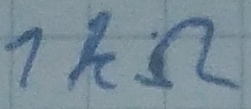
Text: 1KΩ